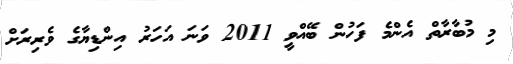
މި މުބާރާތް އެންމެ ފަހުން ބޭއްވީ 2011 ވަނަ އަހަރު އިންޑިޔާގެ ވެރިރަށް